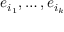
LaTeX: e _ { i _ { 1 } } , \ldots , e _ { i _ { k } }